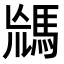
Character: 𩣈